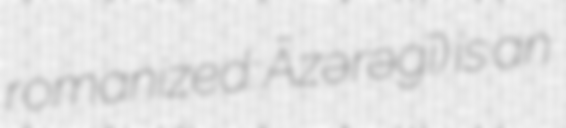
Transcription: romanized: Āzərəgī) is an